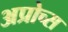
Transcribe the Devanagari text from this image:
अप्रोच्स